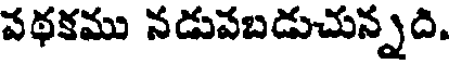
వథకము నడువబడుచున్నది.